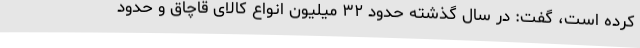
کرده است، گفت: در سال گذشته حدود ۳۲ میلیون انواع کالای قاچاق و حدود